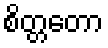
စိတ္တတော